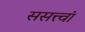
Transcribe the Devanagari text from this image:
ससत्त्वां